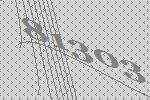
81303